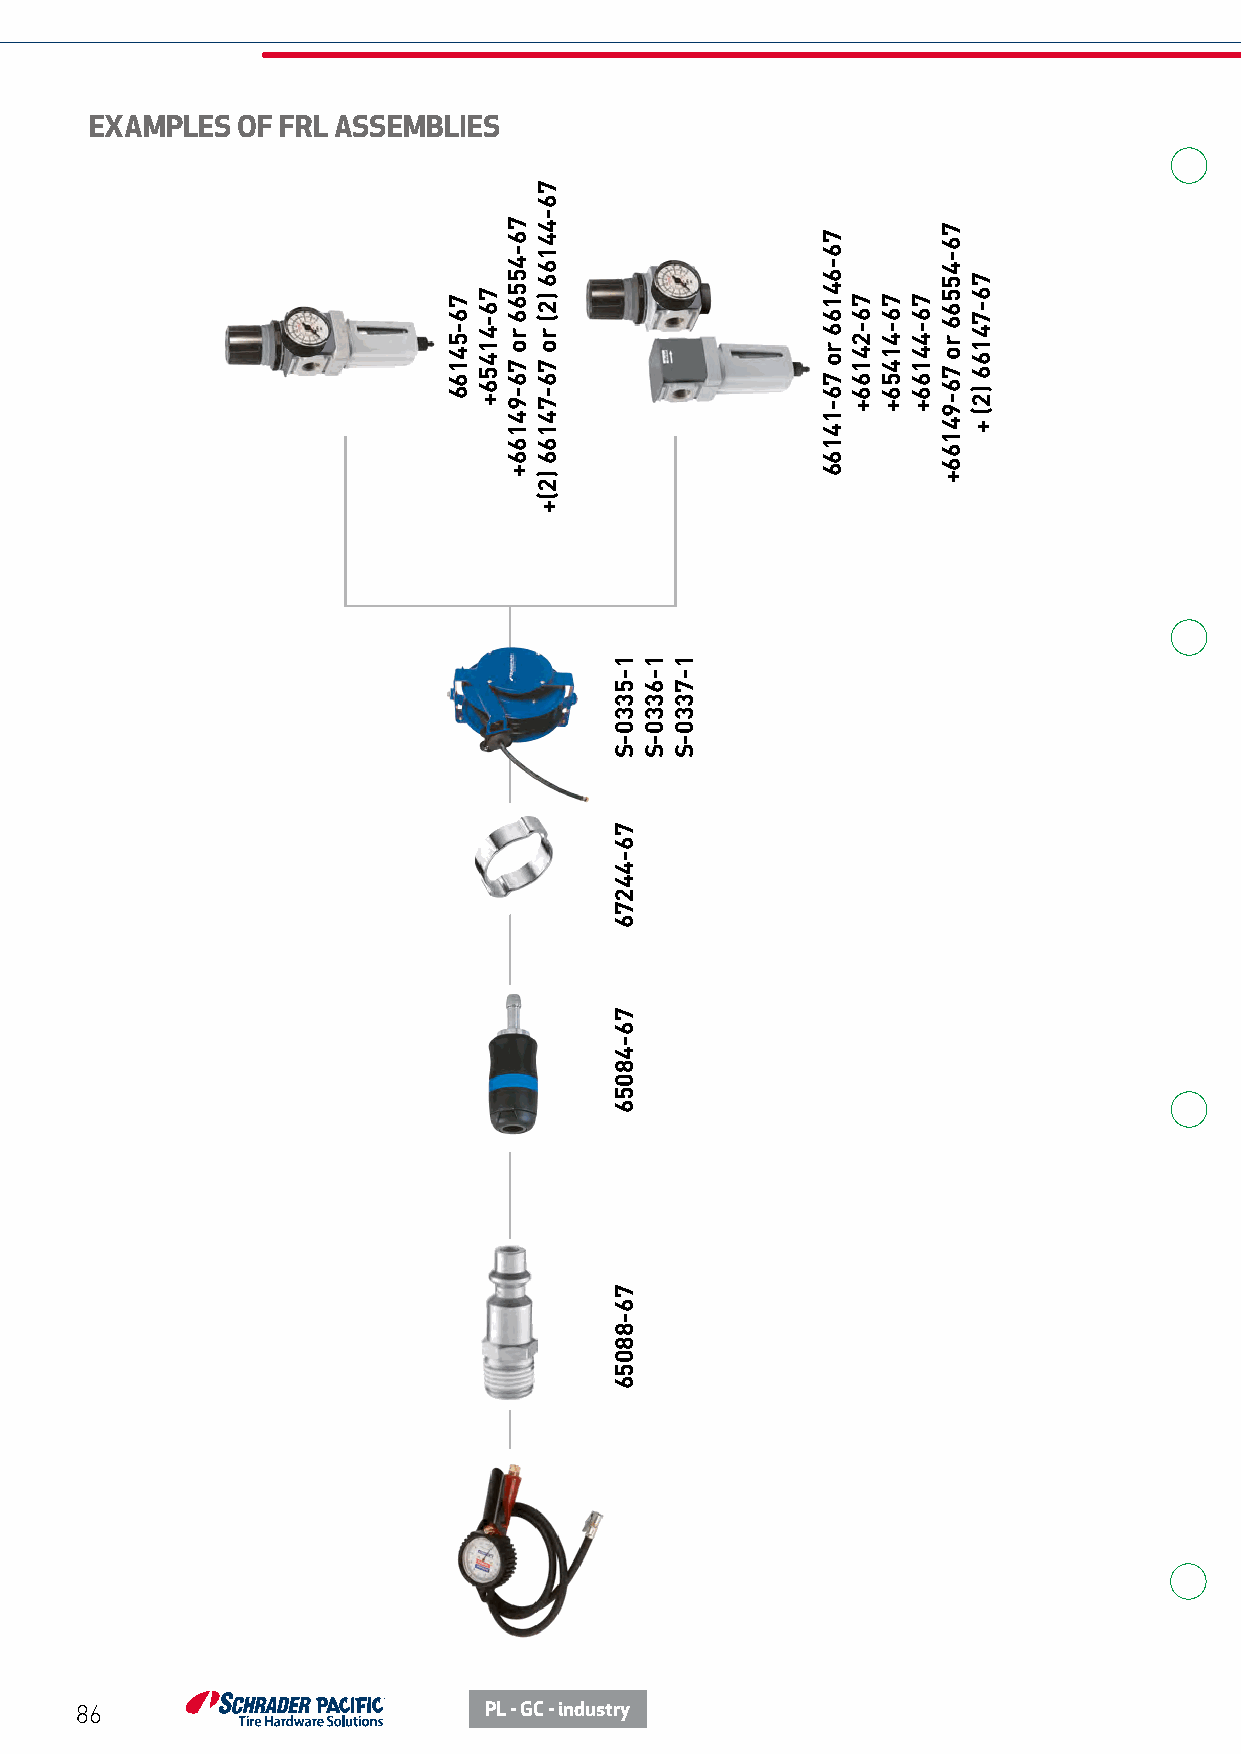
EXAMPLES  OF FRL ASSEMBLIES
 86                         PL - GC - industry
 76-54166 76-41456+
 76-45566
 ro
 76-94166+
 76-44166
 )2(
 ro
 76-74166
 )2(+
 1-5330-S
 76-44276
 76-48056
 76-88056
 1-6330-S 1-7330-S
 76-64166
 ro
 76-14166
 76-24166+ 76-41456+ 76-44166+
 76-45566
 ro
 76-94166+
 76-74166
 )2(
 +